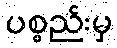
ပစ္စည်းမှ